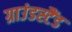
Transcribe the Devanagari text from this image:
ग्राउंडस्टैंड